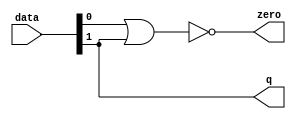
module  acl_fp_add_double_altpriority_encoder_3e8
	( 
	data,
	q,
	zero) ;
	input   [1:0]  data;
	output   [0:0]  q;
	output   zero;
	assign
		q = {data[1]},
		zero = (~ (data[0] | data[1]));
endmodule